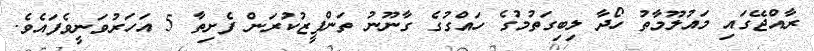
ރާއްޖޭގައި މައުލޫމާތު ހޯދާ ލިބިގަތުމުގެ ހައްގުގެ ގާނޫނު ތަންފީޒުކުރަން ފެށިތާ 5 އަހަރުވަނީވެފައެވެ.